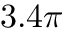
3 . 4 \pi